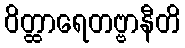
ဝိတ္ထာရေတဗ္ဗာနီတိ